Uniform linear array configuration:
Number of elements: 16
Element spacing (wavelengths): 0.25
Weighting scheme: blackman
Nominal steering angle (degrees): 0
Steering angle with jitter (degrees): -0.1528
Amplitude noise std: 0.05
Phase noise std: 0.05

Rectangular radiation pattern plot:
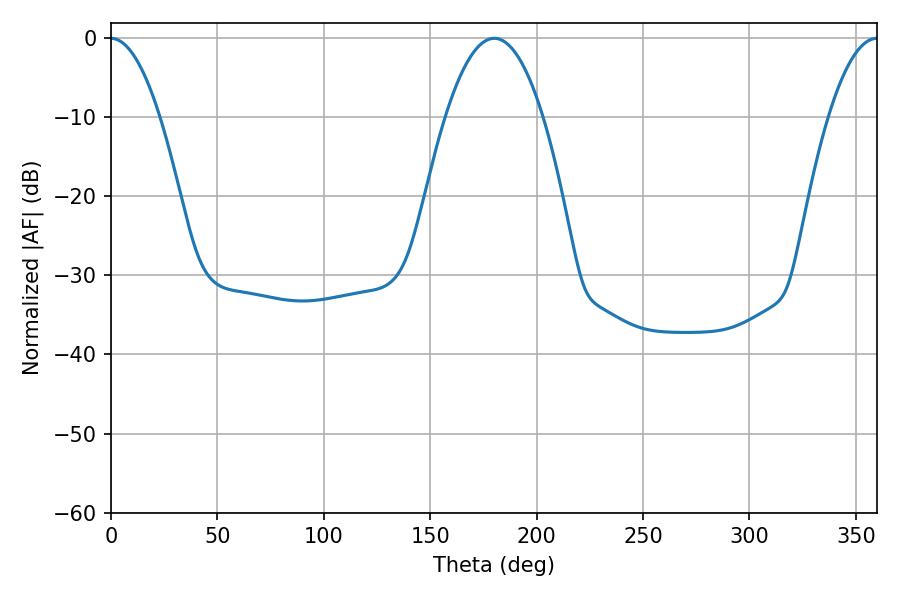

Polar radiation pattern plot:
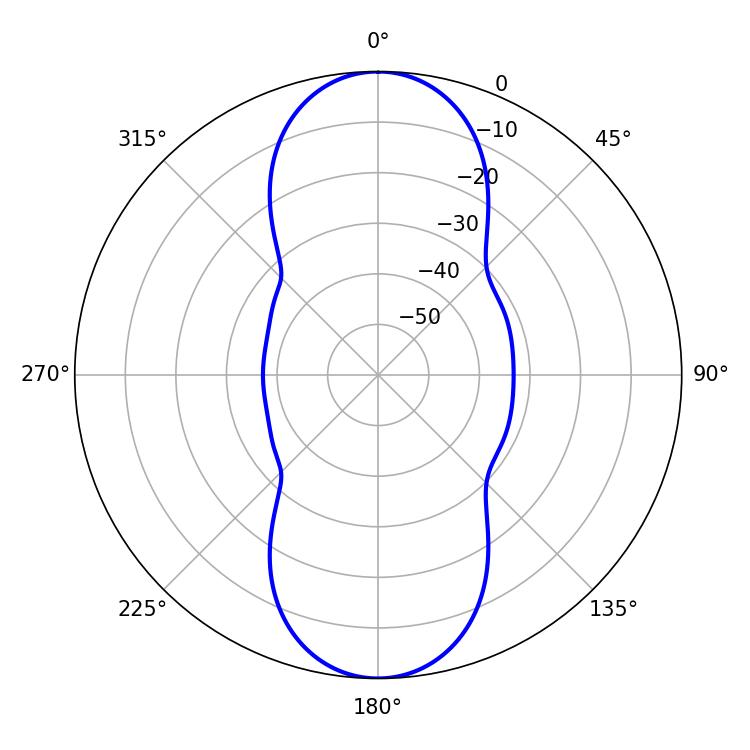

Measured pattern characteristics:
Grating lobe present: FALSE
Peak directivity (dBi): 39.076
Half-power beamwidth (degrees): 12.6
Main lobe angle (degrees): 0